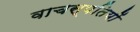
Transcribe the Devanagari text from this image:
वाचस्पतियों